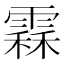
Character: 𩄞